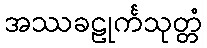
အဿခဠုင်္ကသုတ္တံ